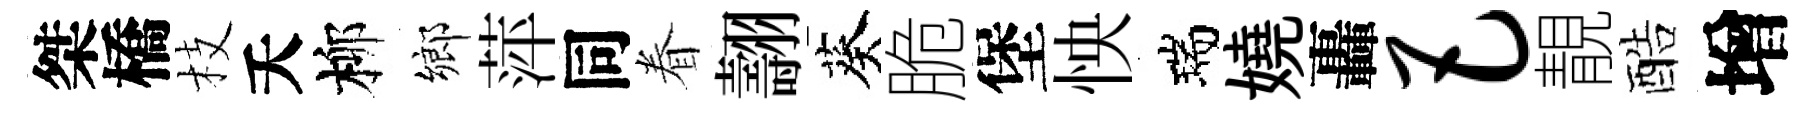
桀橋枝夭柳鄉萍同眷翿葵脆堡怏瑞嬈轟巴靚酷增